Annual administration report of the Civil Veterinary Department of India - 1897-1898
Year: 1897
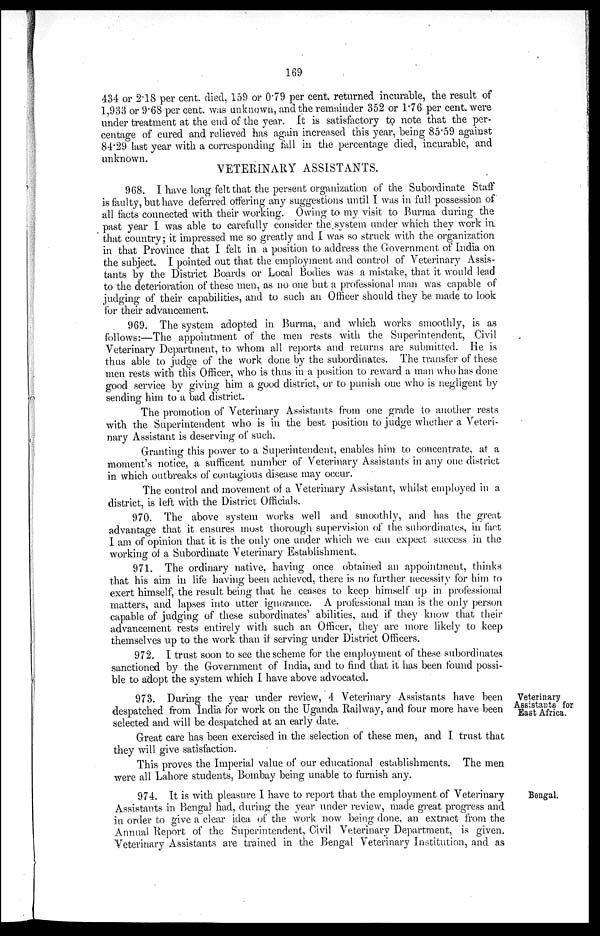
169
434 or 2.18 per cent. died, 159 or 0.79 per cent. returned incurable, the result of
1,933 or 9.68 per cent. was unknown, and the remainder 352 or 1.76 per cent. were
under treatment at the end of the year. It is satisfactory to note that the per-
centage of cured and relieved has again increased this year, being 85.59 against
84.29 last year with a corresponding fall in the percentage died, incurable, and
unknown.
VETERINARY ASSISTANTS.
968. I have long felt that the persent organization of the Subordinate Staff
is faulty, but have deferred offering any suggestions until I was in full possession of
all facts connected with their working. Owing to my visit to Burma during the
past year I was able to carefully consider the system under which they work in
that country; it impressed me so greatly and I was so struck with the organization
in that Province that I felt in a position to address the Government of India on
the subject. I pointed out that the employment and control of Veterinary Assis-
tants by the District Boards or Local Bodies was a mistake, that it would lead
to the deterioration of these men, as no one but a professional man was capable of
judging of their capabilities, and to such an Officer should they be made to look
for their advancement.
969. The system adopted in Burma, and which works smoothly, is as
follows:—The appointment of the men rests with the Superintendent, Civil
Veterinary Department, to whom all reports and returns are submitted. He is
thus able to judge of the work done by the subordinates. The transfer of these
men rests with this Officer, who is thus in a position to reward a man who has done
good service by giving him a good district, or to punish one who is negligent by
sending him to a bad district.
The promotion of Veterinary Assistants from one grade to another rests
with the Superintendent who is in the best position to judge whether a Veteri-
nary Assistant is deserving of such.
Granting this power to a Superintendent, enables him to concentrate, at a
moment's notice, a sufficent number of Veterinary Assistants in any one district
in which outbreaks of contagious disease may occur.
The control and movement of a Veterinary Assistant, whilst employed in a
district, is left with the District Officials.
970. The above system works well and smoothly, and has the great
advantage that it ensures most thorough supervision of the subordinates, in fact
I am of opinion that it is the only one under which we can expect success in the
working of a Subordinate Veterinary Establishment.
971. The ordinary native, having once obtained an appointment, thinks
that his aim in life having been achieved, there is no further necessity for him to
exert himself, the result being that he ceases to keep himself up in professional
matters, and lapses into utter ignorance. A professional man is the only person
capable of judging of these subordinates' abilities, and if they know that their
advancement rests entirely with such an Officer, they are more likely to keep
themselves up to the work than if serving under District Officers.
972. I trust soon to see the scheme for the employment of these subordinates
sanctioned by the Government of India, and to find that it has been found possi-
ble to adopt the system which I have above advocated.
Veterinary
Assistants for
East Africa.
973. During the year under review, 4 Veterinary Assistants have been
despatched from India for work on the Uganda Railway, and four more have been
selected and will be despatched at an early date.
Great care has been exercised in the selection of these men, and I trust that
they will give satisfaction.
This proves the Imperial value of our educational establishments. The men
were all Lahore students, Bombay being unable to furnish any.
Bengal.
974. It is with pleasure I have to report that the employment of Veterinary
Assistants in Bengal had, during the year under review, made great progress and
in order to give a clear idea of the work now being done, an extract from the
Annual Report of the Superintendent, Civil Veterinary Department, is given.
Veterinary Assistants are trained in the Bengal Veterinary Institution, and as